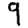
Digit: 9